King Institute of Preventive Medicine Micro-Biological Section reports 1909-11
Year: 1909
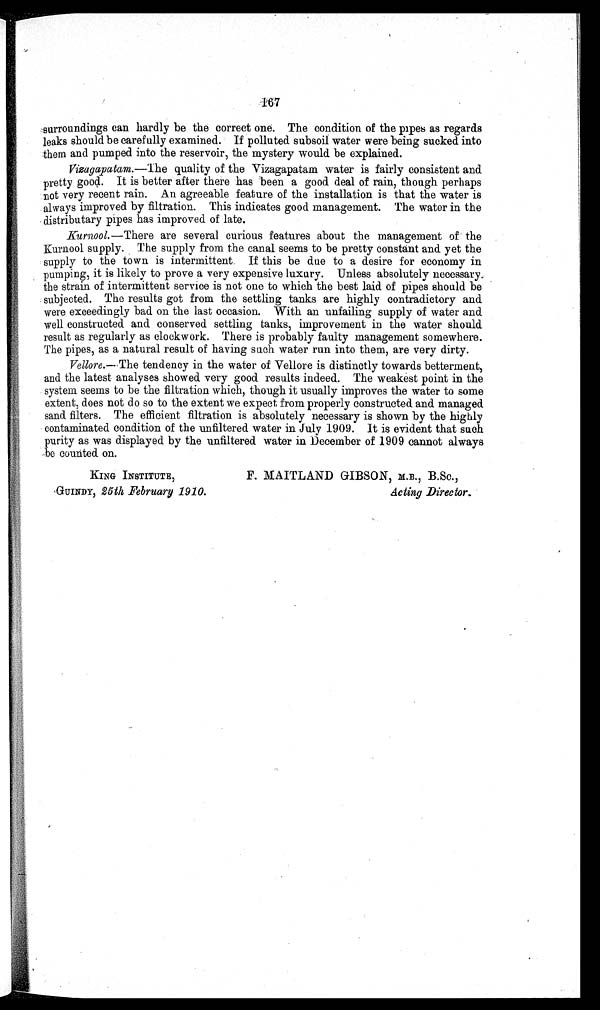
167
s u r r o u n d i n g s c a n h a r d l y b e t h e c o r r e c t o n e . T h e c o n d i t i o n o f t h e p i p e s a s r e g a r d s
leaks should be carefully examined. If polluted subsoil water were being sucked into
them and pumped into the reservoir, the mystery would be explained.
Vizagapatam.—The quaiity of the Vizagapatam water is fairly consistent and
pretty good. It is better after there has been a good deal of rain, though perhaps
not very recent rain. An agreeable feature of the installation is that the water is
always improved by filtration. This indicates good management. The water in the
distributary pipes has improved of late.
Kurnool.—There are several curious features about the management of the
Kurnool. supply. The supply from the canal seems to be pretty constant and. yet the
supply to the town is intermittent. If this be due to a desire for economy in
pumping, it is likely to prove a very expensive luxury. Unless absolutely necessary
the strain of intermittent service is not one to which the best laid of pipes should be
subjected. The results got from the settling tanks are highly contradictory and
were exceedingly bad on the last occasion. With an unfailing supply of water and
well constructed and conserved settling tanks, improvement in the water should
result as regularly as clockwork. There is probably faulty management somewhere.
The pipes, as a natural result of having such water run into them, are very dirty.
Vellore.—The tendency in the water of Vellore is distinctly towards betterment,
and the latest analyses showed very good results indeed. The weakest point in the
system seems to be the filtration which, though it usually improves the water to some
extent, does not do so to the extent we expect from properly constructed and managed
sand filters. The efficient filtration is absolutely necessary is shown by the highly
contaminated condition of the unfiltered water in July 1909. It is evident that such
purity as was displayed by the unfiltered water in December of 1909 cannot always
be counted. on.
KING INSTITUTE,
F. MAITLAND GIBSON, M.B.,
B.Sc.,
GUINDY, 25th February 1910. Acting Director.